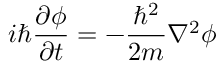
i \hbar \frac { \partial \phi } { \partial t } = - \frac { \hbar ^ { 2 } } { 2 m } \nabla ^ { 2 } \phi